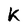
Character: K